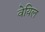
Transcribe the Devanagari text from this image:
वेयिल